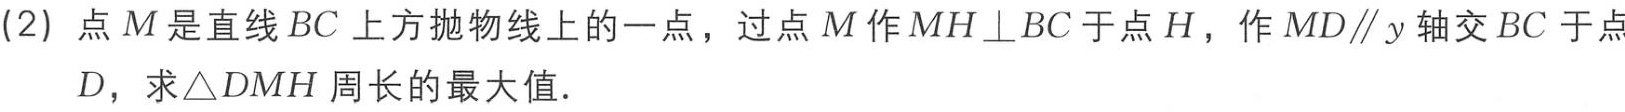
(2) 点\(M\)是直线\(BC\)上方抛物线上的一点，过点\(M\)作\(MH\perp BC\)于点\(H\)，作\(MD\parallel y\)轴交\(BC\)于点\(D\)，求\(\triangle DMH\)周长的最大值.